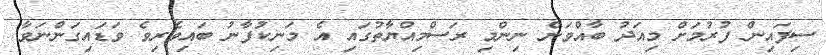
ސިފައިން ފުރުމަށް މިއަދު ބާއްވަން ނިންމި ރަސްމިއްޔާތުގައި އެ މަނިކުފާނު ބައިވެރިވެ ވަޑައިގަންނަވާ